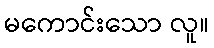
မကောင်းသော လူ။